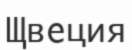
Щвеция